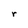
Character: r